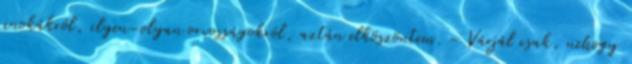
unokákról, ilyen–olyan orvosságokról, aztán elköszöntem. – Várjál csak, nehogy